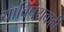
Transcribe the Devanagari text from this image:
याविषयकही